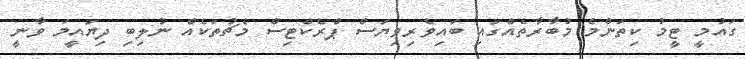
ގައުމީ ޓީމު ކިތަންމެ މުބާރާތެއްގައި ބައިވެރިވިޔަސް ޕްރެކްޓިސް މެޗުތަކެއް ނުލިބި ދިޔައީމަ ވާނީ